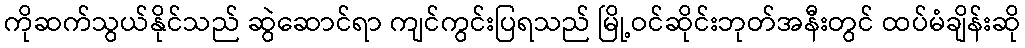
ကိုဆက်သွယ်နိုင်သည် ဆွဲဆောင်ရာ ကျင်ကွင်းပြရသည် မြို့ဝင်ဆိုင်းဘုတ်အနီးတွင် ထပ်မံချိန်းဆို